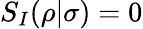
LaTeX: S_{I}(\rho|\sigma)=0